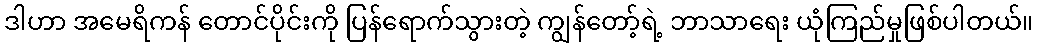
ဒါဟာ အမေရိကန် တောင်ပိုင်းကို ပြန်ရောက်သွားတဲ့ ကျွန်တော့်ရဲ့ ဘာသာရေး ယုံကြည်မှုဖြစ်ပါတယ်။